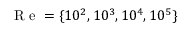
\mathrm { ~ R ~ e ~ } = \{ 1 0 ^ { 2 } , 1 0 ^ { 3 } , 1 0 ^ { 4 } , 1 0 ^ { 5 } \}